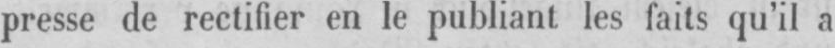
presse de rectifier en le publiant les faits qu’il a